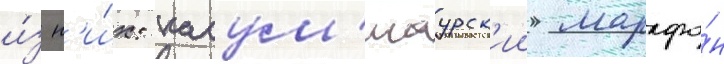
и́з н'и́х: касум'игаурск'ии марафо́н